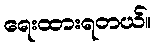
ရေးထားရတယ်။